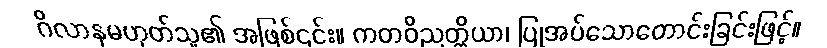
ဂိလာနမဟုတ်သူ၏ အဖြစ်၎င်း။ ကတဝိညတ္တိယာ၊ ပြုအပ်သောတောင်းခြင်းဖြင့်။